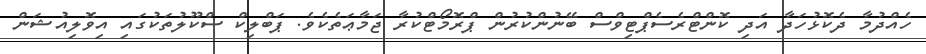
ހެއްދުމާ ދެކޮޅުހަދާ އަދި ކޮންޓްރެސެޕްޓިވްސް ބޭނުންކުރުން ޕްރޮމޯޓްކުރާ ޖަމާޢަތެކެވެ. ޕަބްލިކް ސްކޫލުތަކުގައި އިވޮލިއުޝަން